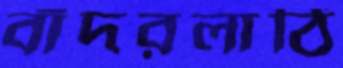
বাঁদরলাঠি